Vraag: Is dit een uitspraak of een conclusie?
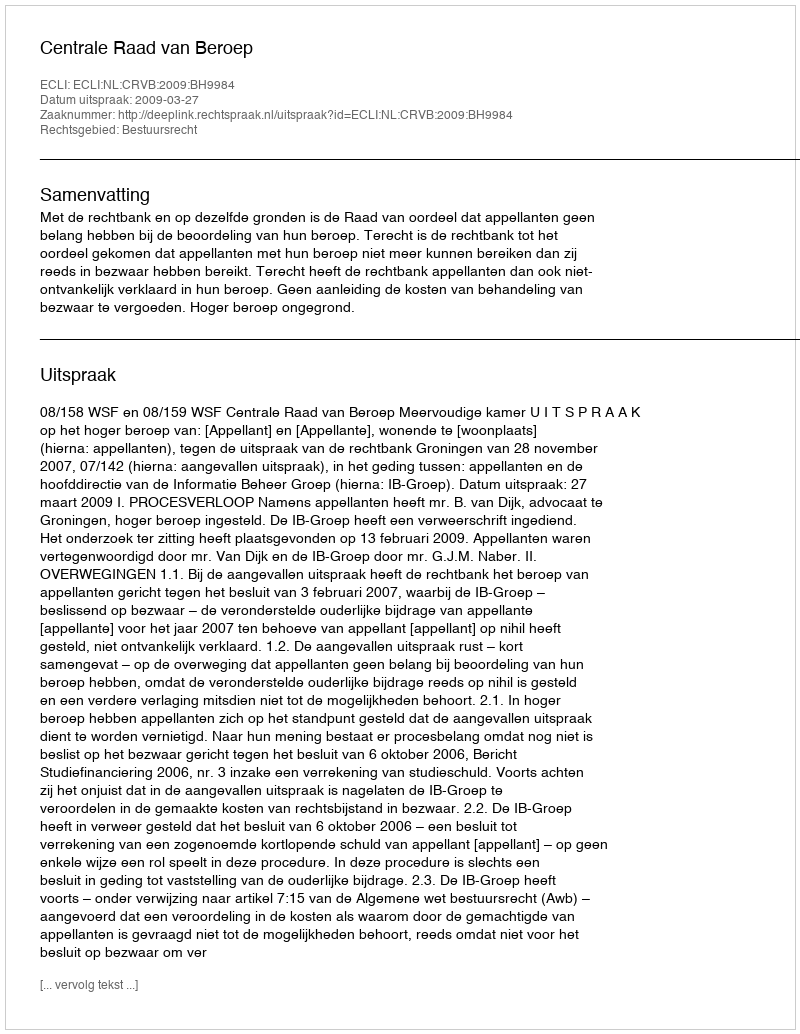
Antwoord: Uitspraak